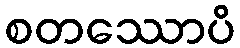
စတဿောပိ